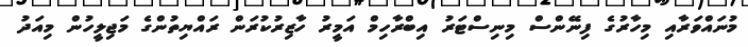
މުނައްވަރާއި މިހާރުގެ ފިނޭންސް މިނިސްޓަރު އިބްރާހިމް އަމީރު ހާޒިރުކުރަން ރައްޔިތުންގެ މަޖިލީހުން މިއަދު